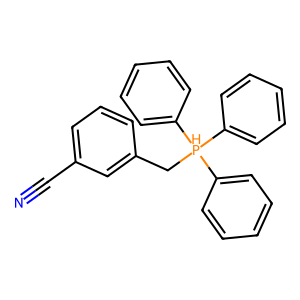
SMILES: N#Cc1cccc(C[PH](c2ccccc2)(c2ccccc2)c2ccccc2)c1
Inhibits HIV replication: No